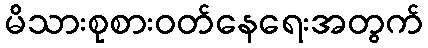
မိသားစုစားဝတ်နေရေးအတွက်